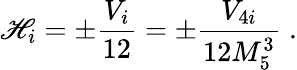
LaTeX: \mathscr{H}_{i}=\pm\frac{{V_{i}}}{{12}}=\pm\frac{{V_{4i}}}{{12M_{5}^{3}}}\; .